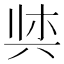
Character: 𫝌